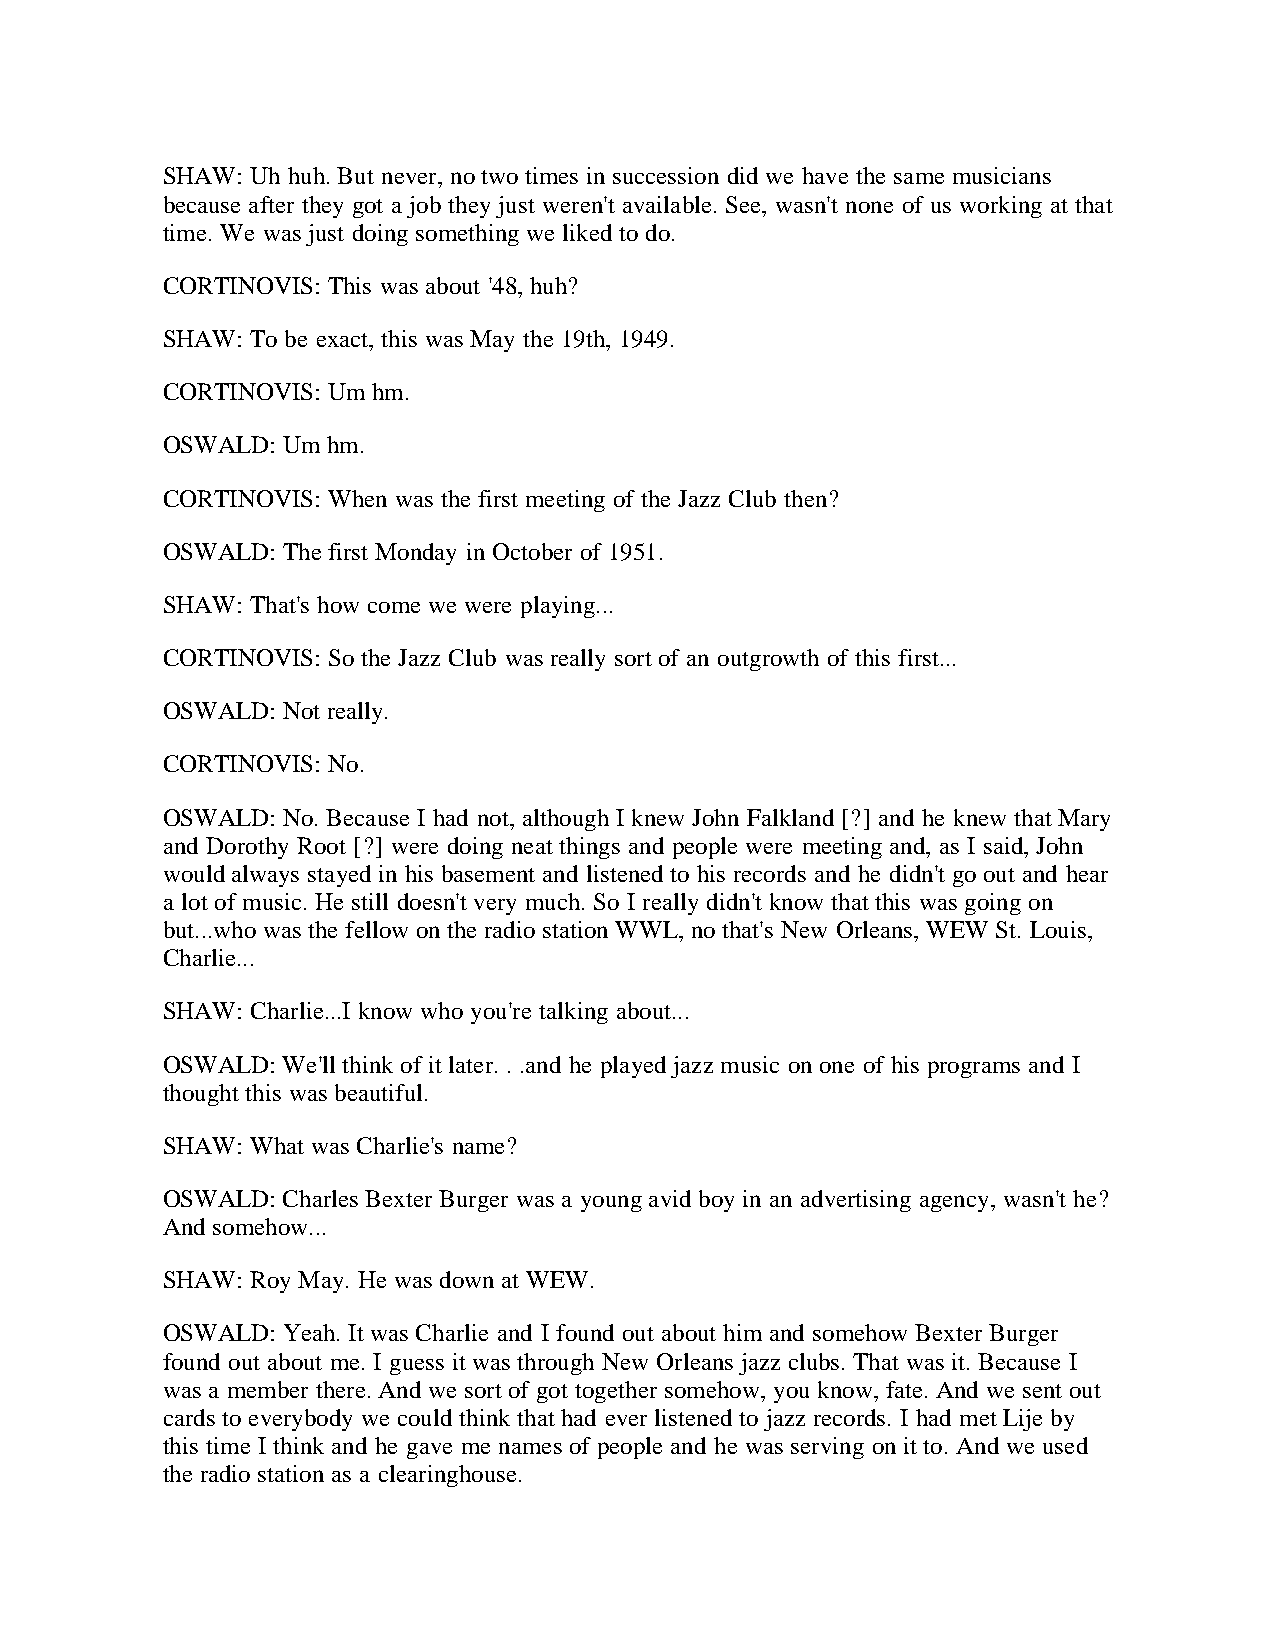
SHAW: Uh huh. But never, no two times in succession did we have the same musicians
 because after they got a job they just weren't available. See, wasn't none of us working at that
 time. We was just doing something we liked to do.
 CORTINOVIS: This was about '48, huh?
 SHAW: To be exact, this was May the 19th, 1949.
 CORTINOVIS: Um hm.
 OSWALD: Um hm.
 CORTINOVIS: When was the first meeting of the Jazz Club then?
 OSWALD: The first Monday in October of 1951.
 SHAW: That's how come we were playing...
 CORTINOVIS: So the Jazz Club was really sort of an outgrowth of this first...
 OSWALD: Not really.
 CORTINOVIS: No.
 OSWALD: No. Because I had not, although I knew John Falkland [?] and he knew that Mary
 and Dorothy Root [?] were doing neat things and people were meeting and, as I said, John
 would always stayed in his basement and listened to his records and he didn't go out and hear
 a lot of music. He still doesn't very much. So I really didn't know that this was going on
 but...who was the fellow on the radio station WWL, no that's New Orleans, WEW St. Louis,
 Charlie...
 SHAW: Charlie...I know who you're talking about...
 OSWALD: We'll think of it later. . .and he played jazz music on one of his programs and I
 thought this was beautiful.
 SHAW: What was Charlie's name?
 OSWALD: Charles Bexter Burger was a young avid boy in an advertising agency, wasn't he?
 And somehow...
 SHAW: Roy May. He was down at WEW.
 OSWALD: Yeah. It was Charlie and I found out about him and somehow Bexter Burger
 found out about me. I guess it was through New Orleans jazz clubs. That was it. Because I
 was a member there. And we sort of got together somehow, you know, fate. And we sent out
 cards to everybody we could think that had ever listened to jazz records. I had met Lije by
 this time I think and he gave me names of people and he was serving on it to. And we used
 the radio station as a clearinghouse.